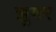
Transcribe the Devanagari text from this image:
झुगर